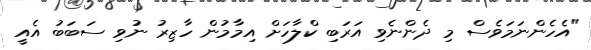
"އެހެންނަމަވެސް މި ދެންނެވި އަރަބި ކްލާހަށް އިމާމުން ހާޒިރު ނުވި ސަބަބު އެއީ